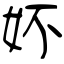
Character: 妚